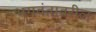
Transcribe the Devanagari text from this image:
भगवंतावरील